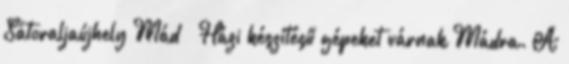
Sátoraljaújhely Mád – Házi készítésű gépeket várnak Mádra. A